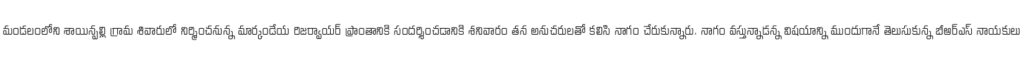
మండలంలోని శాయిన్పల్లి గ్రామ శివారులో నిర్మించనున్న మార్కండేయ రిజర్వాయర్ ప్రాంతానికి సందర్శించడానికి శనివారం తన అనుచరులతో కలిసి నాగం చేరుకున్నారు. నాగం వస్తున్నాడన్న విషయాన్ని ముందుగానే తెలుసుకున్న బీఆర్ఎస్ నాయకులు